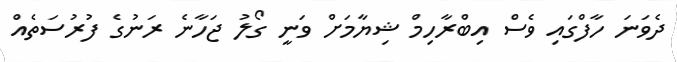
ދެވަނަ ހާފްގައި ވެސް އިބްރާހިމް ޝިޔާމަށް ވަނީ ގޯލު ޖަހާނެ ރަނުގެ ފުރުސަތެއް